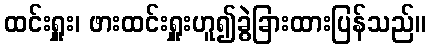
ထင်းရှူး၊ ဖားထင်းရှူးဟူ၍ခွဲခြားထားပြန်သည်။